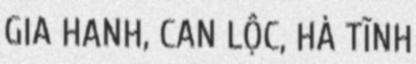
GIA HANH, CAN LỘC, HÀ TĨNH